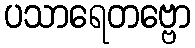
ပသာရေတဗ္ဗော